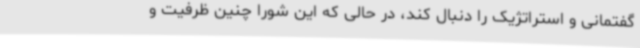
گفتمانی و استراتژیک را دنبال کند، در حالی که این شورا چنین ظرفیت و